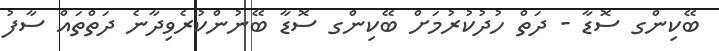
ބޭކިންގ ސޮޑާ - ދަތް ހުދުކުރުމަށް ބޭކިންގ ސޮޑާ ބޭނުންކުރެވިދާނެ ދަތްތައް ސާފު